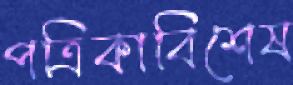
পত্রিকাবিশেষ